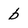
Character: b